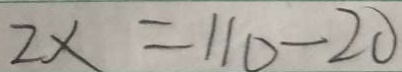
2 \times = 1 1 0 - 2 0